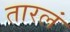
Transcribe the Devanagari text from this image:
तारलं